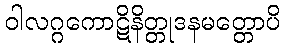
ဝါလဂ္ဂကောဋိနိတ္တုဒနမတ္တောပိ